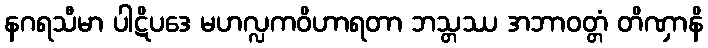
နဂရသီမာ ပါဋိပဒေ မဟလ္လကဝိဟာရတာ ဘသ္တဿ အဘာဝတ္တံ တိဏှာနိ